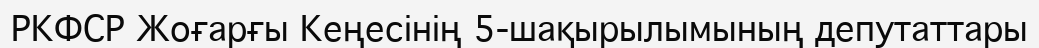
РКФСР Жоғарғы Кеңесінің 5-шақырылымының депутаттары